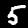
Label: 5